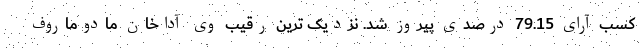
کسب آرای 79.15 درصدی پیروز شد. نزدیک ترین رقیب وی آداخان مادوماروف